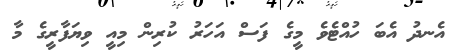
އެނދު އެބަ ހުއްޓެވެ މީގެ ފަސް އަހަރު ކުރިން މިއީ ވިޔަފާރީގެ މާ